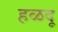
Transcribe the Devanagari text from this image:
हळदू